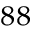
^ { 8 8 }